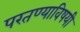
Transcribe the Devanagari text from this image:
परतण्याविषयी